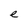
Character: e